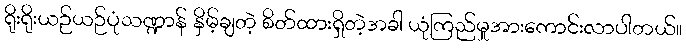
ရိုးရိုးယဉ်ယဉ်ပုံသဏ္ဍာန် နှိမ့်ချတဲ့ စိတ်ထားရှိတဲ့အခါ ယုံကြည်မှုအားကောင်းလာပါတယ်။